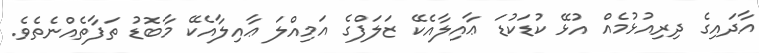
އާދައިގެ ދިރިއުޅުމެއް އުޅޭ ކުޑަކުޑަ ޢާއިލާއެކޭ ޒަލަފްގެ އަމިއްލަ ޢާއިލާއެކޭ މާބޮޑު ތަފާތެއްނެތެވެ.